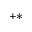
^ { + * }